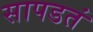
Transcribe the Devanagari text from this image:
सापडतं